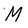
Character: M